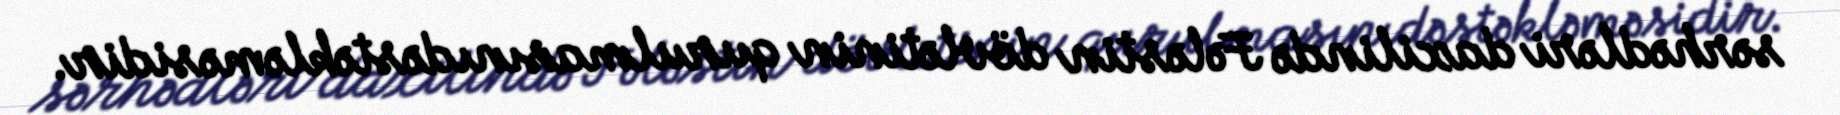
sərhədləri daxilində Fələstin dövlətinin qurulmasınıdəstəkləməsidir.